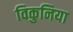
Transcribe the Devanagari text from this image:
विकुनिया